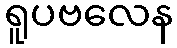
ရူပဗလေန